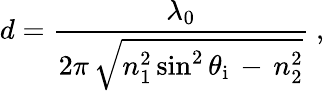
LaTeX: d={\frac{\lambda_{0}}{2\pi\, {\sqrt{n_{1}^{2}\sin^{2}\theta_{\mathrm{i}}\, -\, n_{2}^{2}}}}}~,